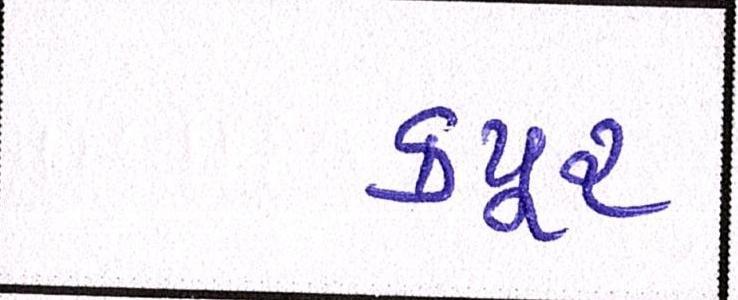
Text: કપૂર